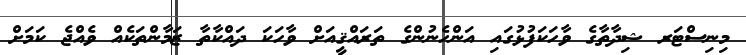
މިނިސްޓަރ ޝިދާތާގެ ވާހަކަފުޅުގައި އަންހެނުންގެ ތަރައްޤީއަށް ވާހަކަ ދައްކާތާ ޒަމާންތަކެއް ވެއްޖެ ކަމަށް